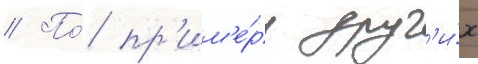
// По́ пр'им'е́ру друг'и́х